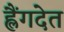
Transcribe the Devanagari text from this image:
ह्लैंगदेत